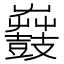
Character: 𪔫